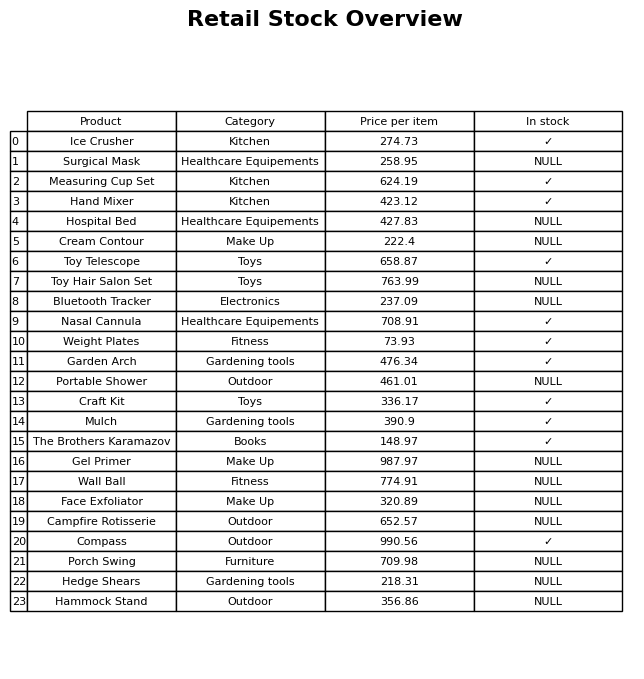
question: What is the price of the Ice Crusher?
answer: The price of Ice Crusher is 274.73.